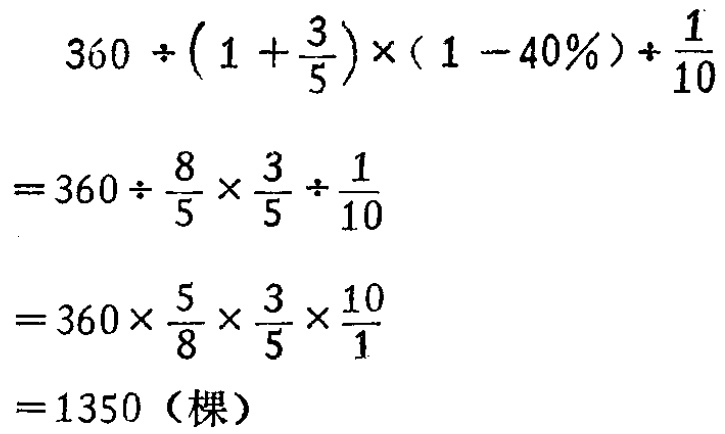
\[

\begin{align*}

&360\div(1 + \frac{3}{5})\times(1 - 40\%)\div\frac{1}{10}\\

=&360\div\frac{8}{5}\times\frac{3}{5}\div\frac{1}{10}\\

=&360\times\frac{5}{8}\times\frac{3}{5}\times\frac{10}{1}\\

=&1350（\text{棵}）

\end{align*}

\]